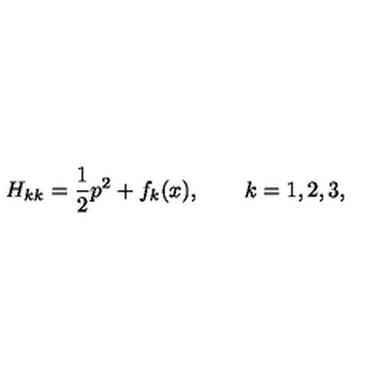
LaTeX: H _ { k k } = \frac { 1 } { 2 } p ^ { 2 } + f _ { k } ( x ) , \qquad k = 1 , 2 , 3 ,